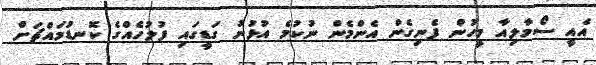
އެއީ ސޯމާލިއާ މީހުން ފެނިގެން އެންމެން ނުކުމެ އުޅުނު ގަޑީގައި ފުލުހެއްގެ ކޮނޑުމައްޗަށް